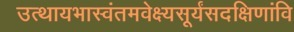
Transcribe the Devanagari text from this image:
उत्थायभास्वंतमवेक्ष्यसूर्यंसदक्षिणांवि